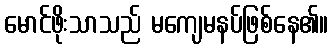
မောင်ဖိုးသာသည် မကျေမနပ်ဖြစ်နေ၏။